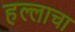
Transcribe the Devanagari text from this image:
हल्लाचा